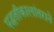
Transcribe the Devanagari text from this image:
पद्धतीकालांतराने